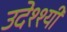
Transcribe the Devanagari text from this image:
उदेश्श्यी